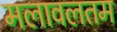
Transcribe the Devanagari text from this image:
मलावलतम